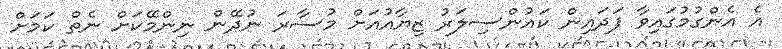
އެ އެންގުމުގައިވާ ފަދައިން ކައުންސިލަރު ޒިޔާއުއަށް މުސާރަ ނުދޭން ނިންމޭކަށް ނެތް ކަމަށް